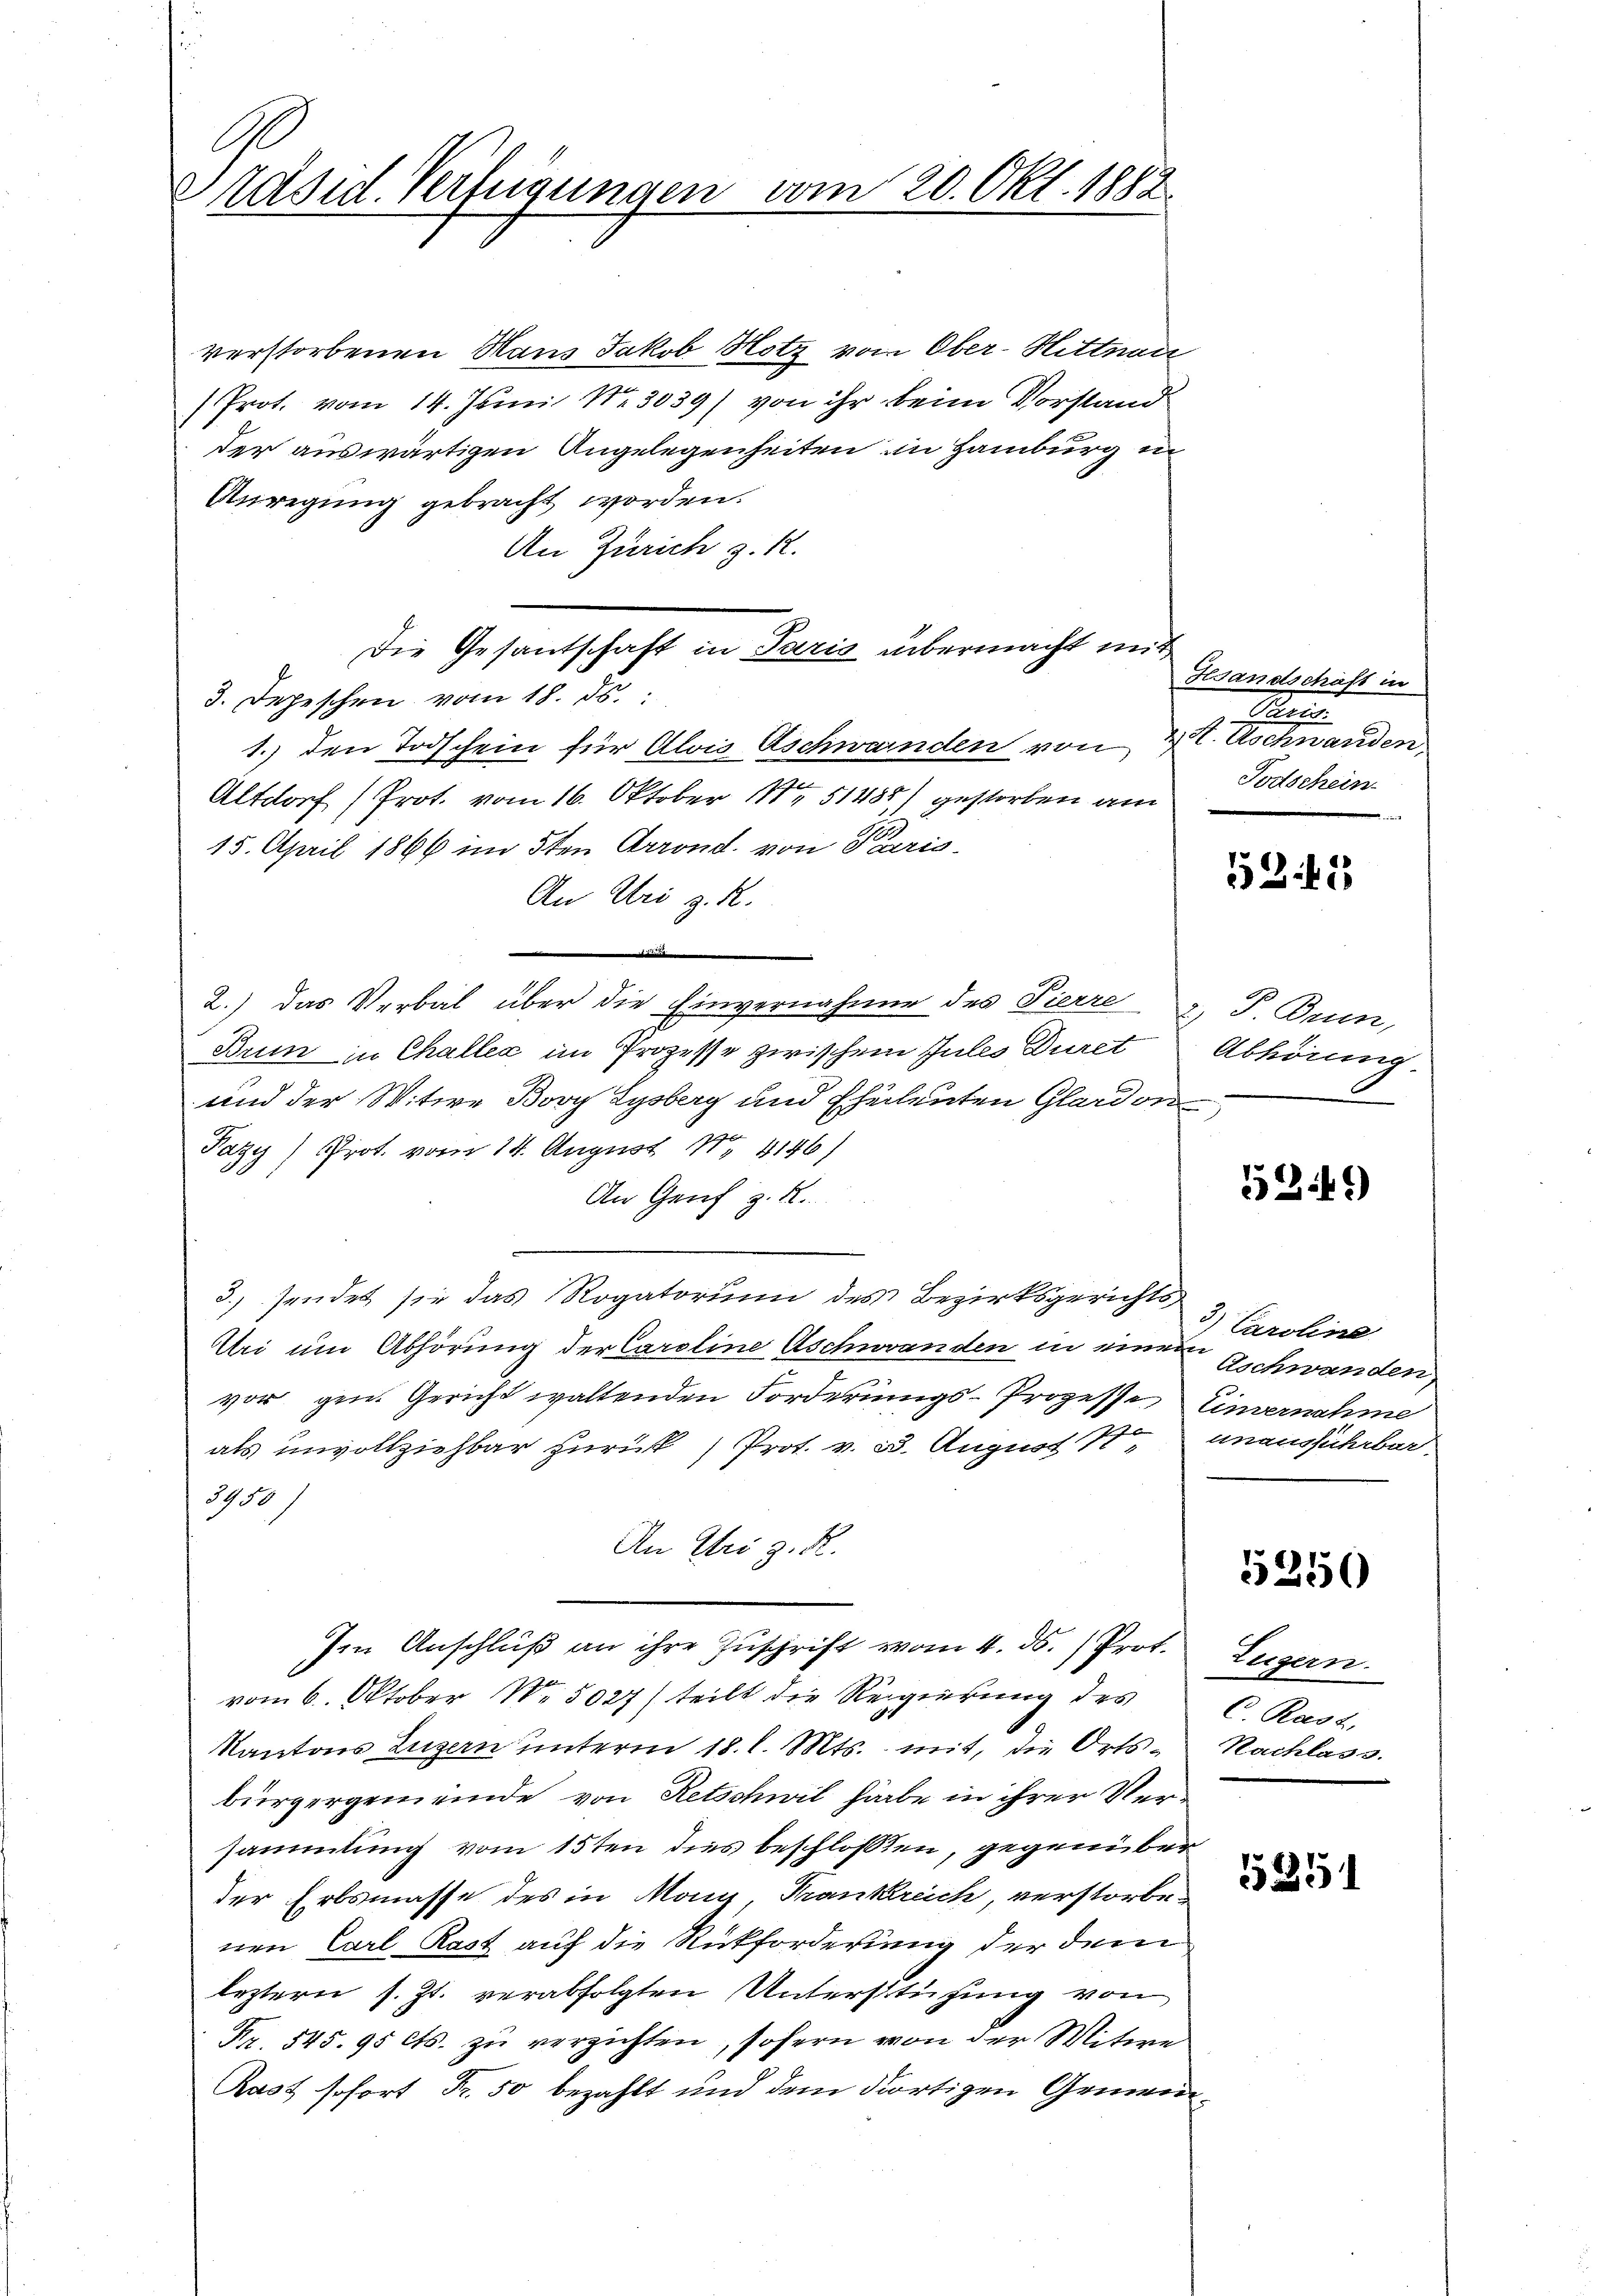
Präsid. Verfügungen vom 20. Okt. 1882

verstorbenen Haus Jakob Hotz vom Ober-Hittnau
Prot. vom 14. Juni N.3039) von ihr beim Vorstand
der auswärtigen Angelegenheiten in Hamburg in
Anregung gebracht worden.
An Zürich z. R.
Die Gesantschaft in Paris übermacht mit
3. Depeschen vom 18. ds.
1.) den Todschein für Alois Aschweinden von 2 S. Aschnanden
.
Altdorf (Prot. vom 16. Oktober Nr 51485) gestorben am
.
15. April 1866 im 5ten Arrond. von Paris
An Uri z. R.
a
2.) Das Verbal über die Einvernahme des Pierre z. P. Brin,
Brun in Challer im Prozesse zwischen Jules Durct
und der Witwe Bovy Lysberg und Eheleuten Glardon
Pazy) Prot. vom 14. August N. 4146)
An Graf z. B.
3.) sendet sie das Rogatorium des Bezirksgerichts,
Uri um Abhörung der Caroline Aschwanden in einen
e
vor gen. Gericht waltenden Forderungs-Prozesse Einvernahme
als unvollziehbar zurück, Prot. v. 3. August 1. unausführbar.
3950)
An Uri z. R.
en Anschluß an ihre Zuschrift vom 4. ds. Prot. Luzern.
vom 6. Oktober N. 5027) teilt die Regierung des
Kantons Luzern unterm 18. l. Mts. mit, die Ortsbürgergemeinde von Retschwil habe in ihrer Versammlung vom 15ten dies beschlossen, gegenüber
der Erbsmasse des in Mony, Frankreich, verstorbenen Carl Rast auf die Rückforderung der dem
leztern s. Zt. verabfolgten Unterstüzung von
Nr. 545. 95 Cts. zu verzichten, sofern von der Witwe
Rast sofort Fr. 50 bezahlt und dem dortigen Gemeind

Gesandschaft in
Ba
Todschein
4

531

Abhörung

52:1)

) Caroline
Aschwanden,

5256

C. Rast,
Nachlass.

1535